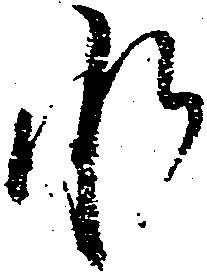
承